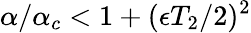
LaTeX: \alpha/\alpha_{c}<1+(\epsilon T_{2}/2)^{2}